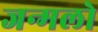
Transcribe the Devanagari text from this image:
जन्मलो